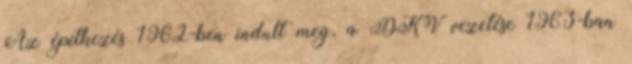
Az építkezés 1962-ben indult meg, a DKV vezetése 1963-ban